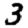
Digit: 3